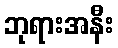
ဘုရားအနီး